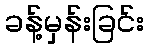
ခန့်မှန်းခြင်း